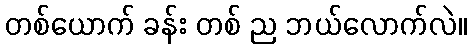
တစ်ယောက် ခန်း တစ် ည ဘယ်လောက်လဲ။